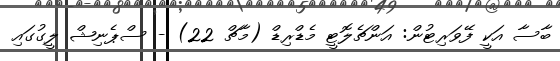
ބާސާ އަކީ ފޭވަރިޓުން: އަންޗެލޮޓީ މެޑްރިޑް (މާޗް 22) - ސްޕެނިޝް ލީގުުގައި